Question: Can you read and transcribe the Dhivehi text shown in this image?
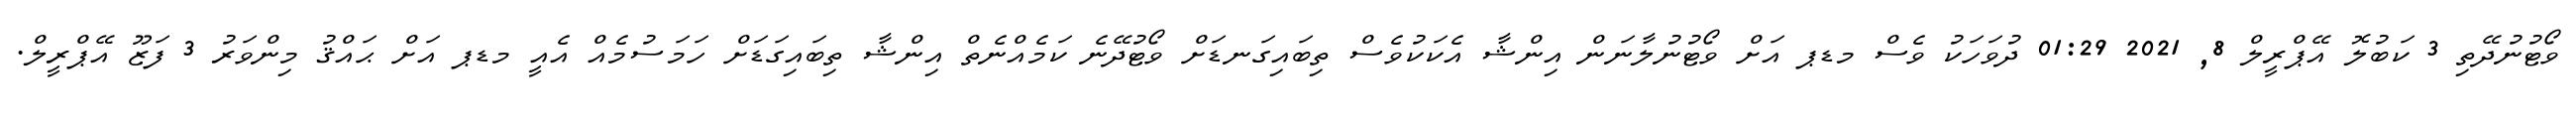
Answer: ވޯޓުނުދޭތި 3 ކަބުލޮ އޭޕްރީލް 8, 2021 01:29 ދުވަހަކު ވެސް މޑޕ އަށް ވޯޓުނުލާނަން އިންޝާ އެކަކުވެސް ތިބައިގަނޑަށް ވޯޓުދޭނެ ކަމެއްނެތް އިންޝާ ތިބައިގަޑަށް ހަމަސުމެއް އެއީ މޑޕ އަށް ޙައްޤު މިންވަރު 3 ފަޒޫ އޭޕްރީލް.